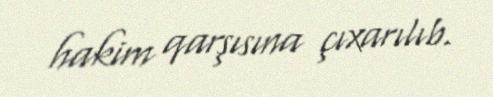
hakim qarşısına çıxarılıb.